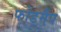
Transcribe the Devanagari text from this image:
फोडमैप